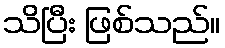
သိပြီး ဖြစ်သည်။